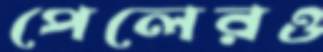
পেলেরও